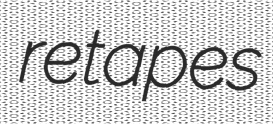
retapes